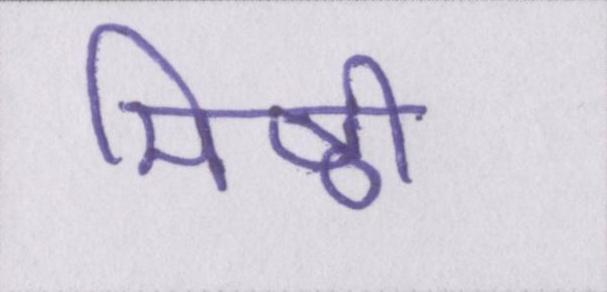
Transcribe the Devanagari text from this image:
मिष्ठी